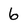
Character: 6